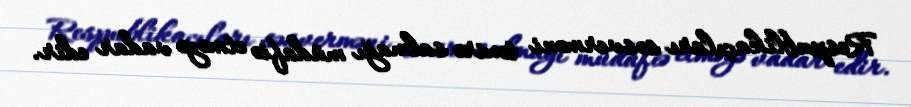
Respublikaçıları səsverməni təxirə salmağı müdafiə etməyə vadar edir.